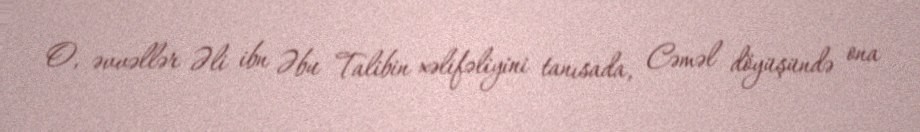
O, əvvəllər Əli ibn Əbu Talibin xəlifəliyini tanısada, Cəməl döyüşündə ona